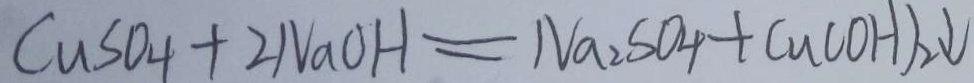
C u S O _ { 4 } + 2 N a O H = N a _ { 2 } S O _ { 4 } + C u ( O H ) _ { 2 } \downarrow